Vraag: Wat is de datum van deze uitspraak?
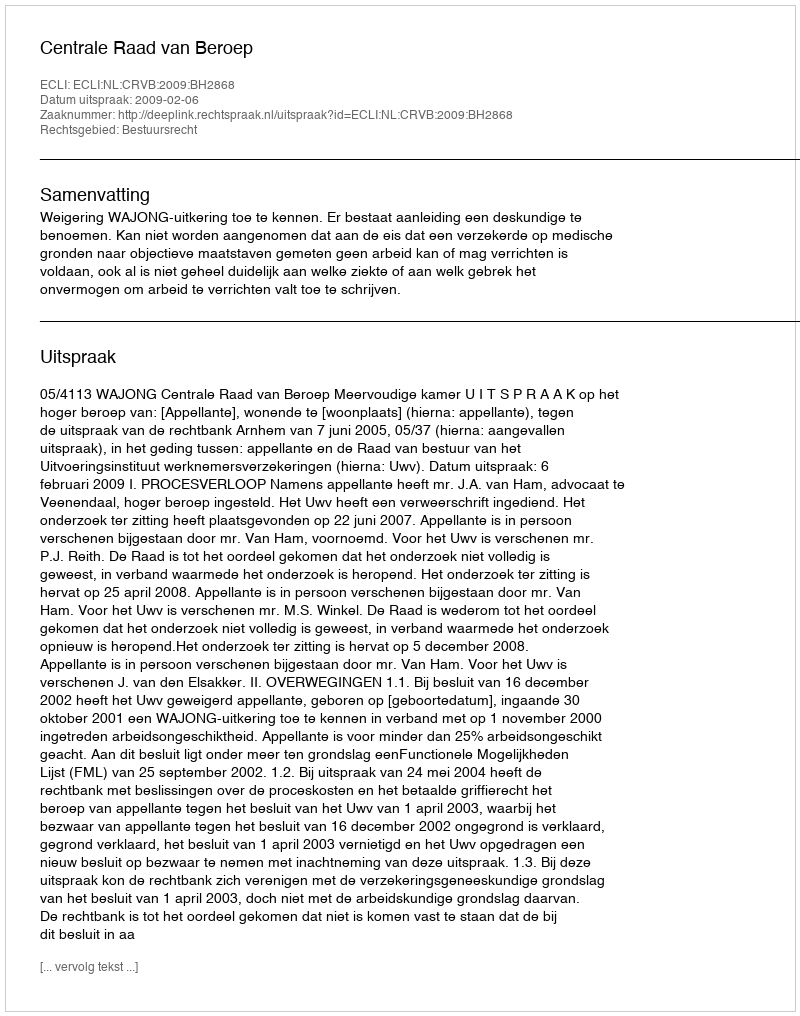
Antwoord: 2009-02-06